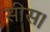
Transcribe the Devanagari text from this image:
सीस।